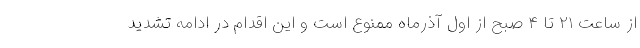
از ساعت ۲۱ تا ۴ صبح از اول آذرماه ممنوع است و این اقدام در ادامه تشدید